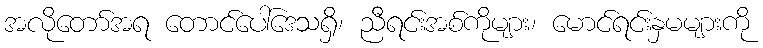
အလိုတော်အရ တောင်ပေါ်ဒေသရှိ၊ ညီရင်းအစ်ကိုများ၊ မောင်ရင်းနှမများကို